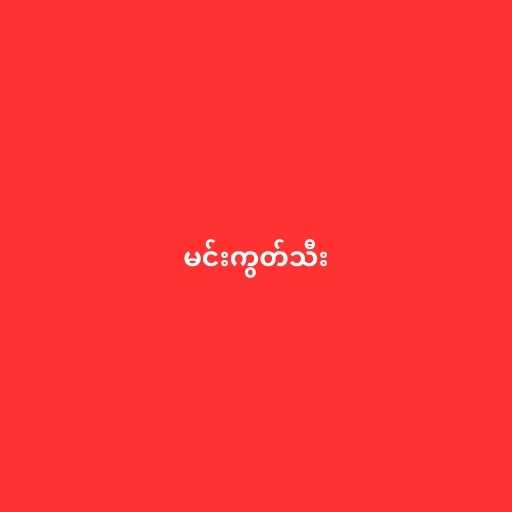
မင်းကွတ်သီး